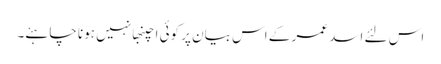
اس لئے اسد عمر کے اس بیان پر کوئی اچنبھا نہیں ہونا چاہئے۔